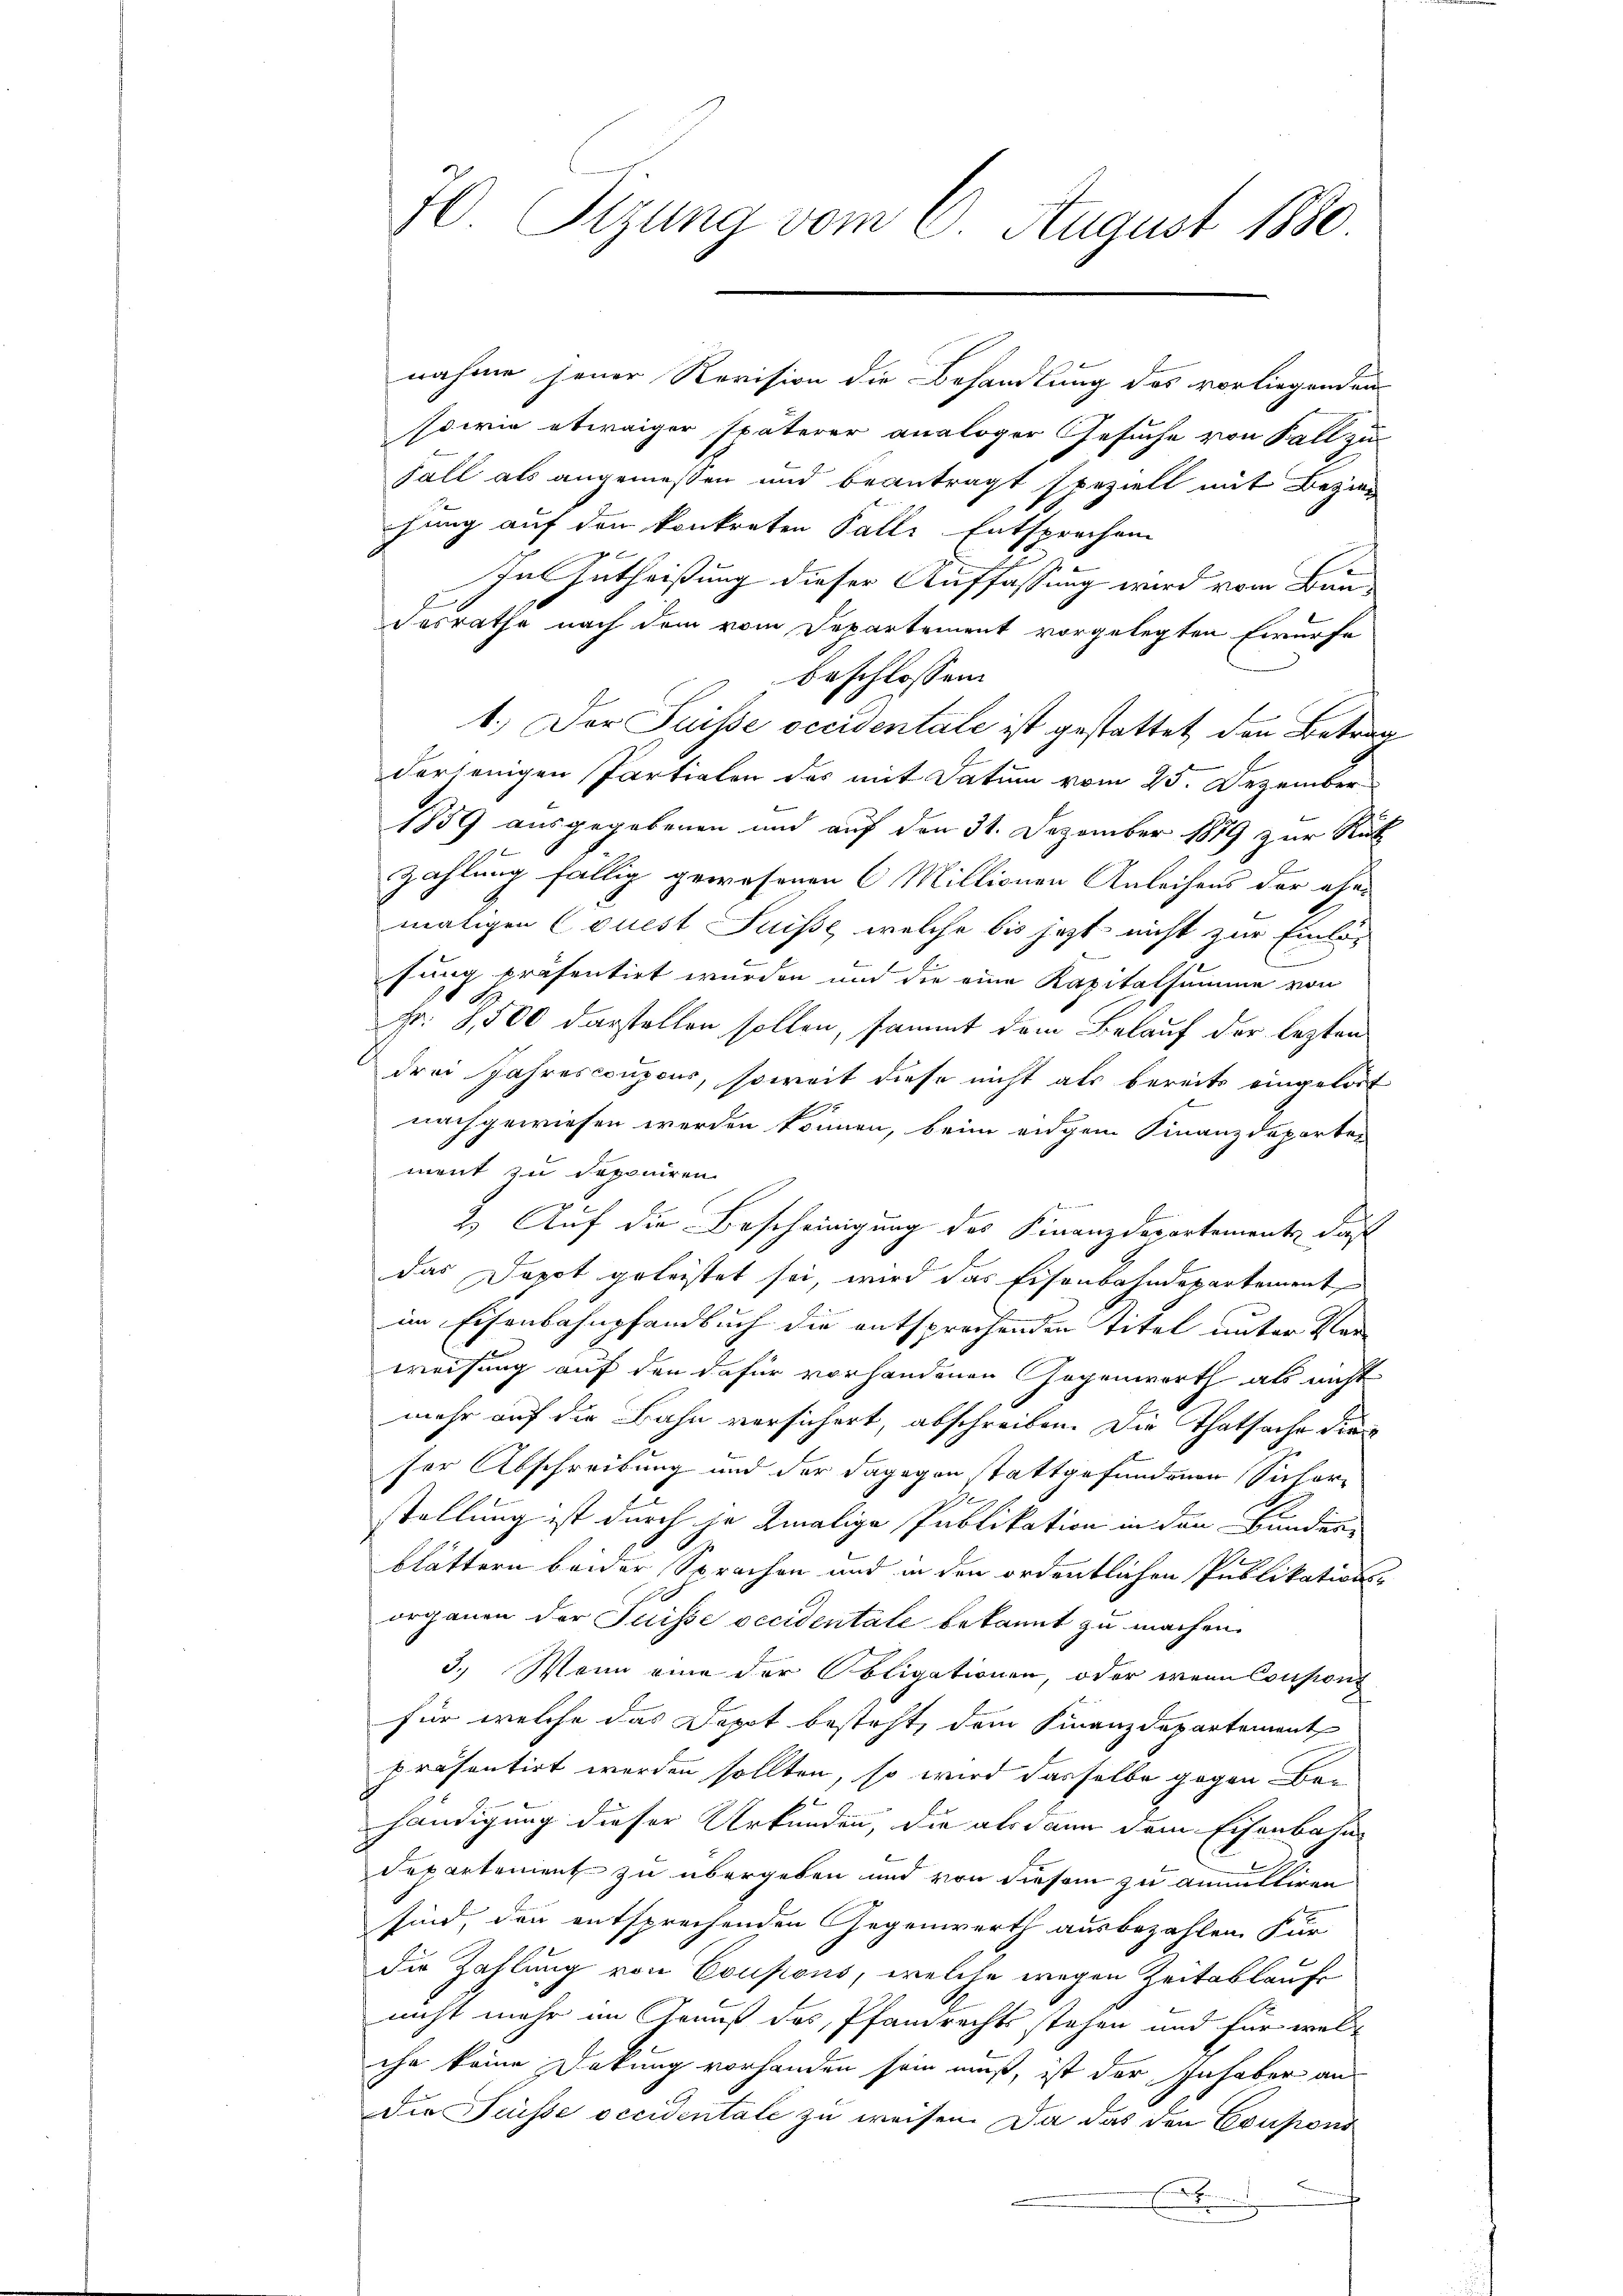
70 Sizung vom 6. August 1880

sowie etwaiger späterer analoger Gesuche von Fall zu
Fall als angemessen und beantragt speziell mit Bezie
hung auf den konkreten Palli Entsprechen
In Zutheißung dieser Auffassung wird vom Baudesrathe nach dem vom Departement vorgelegten Ewürfe
beschlossen:
1.) Der Puisse occisentale ist gestattet den Betreu
derjenigen Partialen das mit Datum vom 25. Dezember
1859 ausgegebenen und auf den 31. Dezember 1879 zur Rück
zahlung fällig gewesenen 6 Millionen Anleihens der ehe-
maligen Couest Suisse, welche bis jetzt nicht zur Einlös
fung präsentirt wurden und die eine Kapitalsumme von
Fr. 3,500 darstellen sollen, sammt dem Belauf der lezten
drei Jahrescoupons, soweit diese nicht als bereits eingelost
nachgewiesen werden können, beim eigem Finanzdeparten
ment zu deponiren
2.) Auf die Bescheinigung des Finanzdepartemente, daß
das Depot geleistet sei, wird das Eisenbahndepartement
im Eisenbahnpfandbuch die entsprechenden Titel unter Ver
weisung auf den dafür vorhandenen Gegenwerth als nicht
mehr auf die Bahn versichert, abschreiben. Die Thatsache die
ser Abschreibung und der dagegen Stattgefundenen Sicher¬
S
stellung ist durch je Amalige Publikation in den Bundene
blättern beider Sprachen und in den ordentlichen Publikationsorganen der Juisse occidentale bekannt zu machen.
3.) Wenn eine der Obligationen, oder wenn Cousions
für welche das Depot besteht, dem Finanzdepartement
präsentirt werden sollten, so wird dasselbe gegen Behändigung dieser Urkunden, die als dann dem Eisenbahn-
departement zu übergeben und von diesem zu annulliren
sind, den entsprechenden Gegenwerth ausbezahlen. Für
die Zahlung von Coupons, welche wegen Zeitablaufe
nicht mehr im Genuß des Pfandrechts stehen und für welche
che keine Dokung vorhanden sein muß, ist der Inhaber an
Die Fesse occidentate zu weisen. Da das den Coupons
B
.

nahme jener Revision die Behandlung des vorliegenden